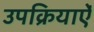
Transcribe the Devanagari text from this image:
उपक्रियाऐं